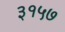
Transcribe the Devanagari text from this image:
३१५७